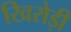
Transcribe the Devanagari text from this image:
खिरोड़ी